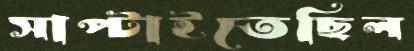
সাপ্‌টাইতেছিল